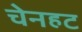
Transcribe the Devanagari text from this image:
चेनहट